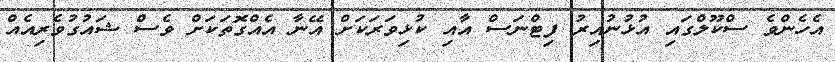
އެހެންވެ ސްކޫލްގައި އުޅުނުއިރު ފިޓްނަސް އާއި ކުޅިވަރަކަށް އޭނާ އެއްގޮތަކަށް ވެސް ޝައުގުވެރިއެއް